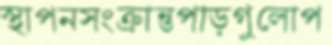
স্থাপনসংক্রান্তপাড়গুলোপ